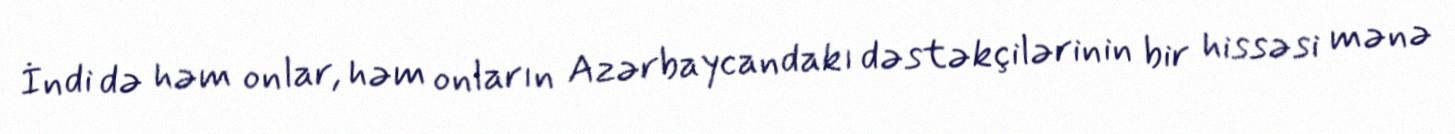
İndi də həm onlar, həm onların Azərbaycandakı dəstəkçilərinin bir hissəsi mənə